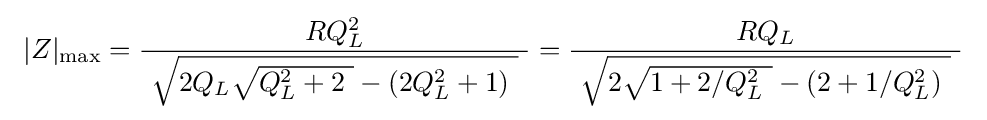
\ |Z|_{\mathrm {max} }={\frac {RQ_{L}^{2}}{\ {\sqrt {2Q_{L}{\sqrt {Q_{L}^{2}+2\ }}-\left(2Q_{L}^{2}+1\right)~}}\ }}={\frac {RQ_{L}}{\ {\sqrt {2{\sqrt {1+2/Q_{L}^{2}\ }}-\left(2+1/Q_{L}^{2}\right)~}}\ }}\